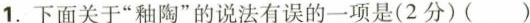
1.下面关于“釉陶”的说法有误的一项是(2分) ()